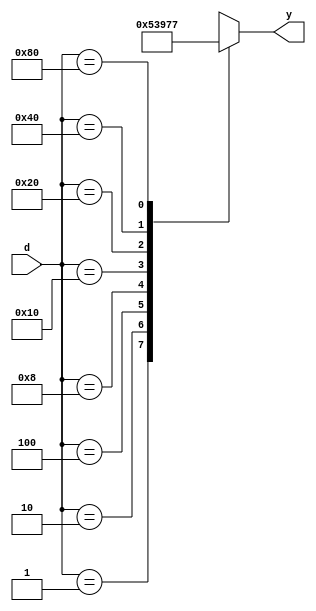
`timescale 1ns / 1ps


module encoder8x3(d,y);
input[7:0] d;
output reg[2:0] y;
always @(*)
begin
case(d)
8'b00000001:y=3'b000;
8'b00000010:y=3'b001;
8'b00000100:y=3'b010;
8'b00001000:y=3'b011;
8'b00010000:y=3'b100;
8'b00100000:y=3'b101;
8'b01000000:y=3'b110;
8'b10000000:y=3'b111;
default:y=3'bXXX;
endcase
end

endmodule